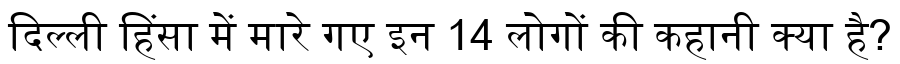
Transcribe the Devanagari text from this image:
दिल्ली हिंसा में मारे गए इन 14 लोगों की कहानी क्या है?